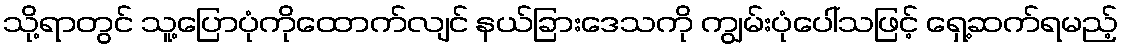
သို့ရာတွင် သူ့ပြောပုံကိုထောက်လျင် နယ်ခြားဒေသကို ကျွမ်းပုံပေါ်သဖြင့် ရှေ့ဆက်ရမည့်